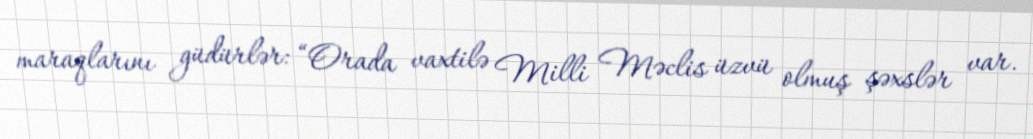
maraqlarını güdürlər: “Orada vaxtilə Milli Məclis üzvü olmuş şəxslər var.